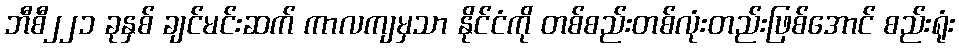
ဘီစီ၂၂၁ ခုနှစ် ချင်မင်းဆက် ကာလကျမှသာ နိုင်ငံကို တစ်စည်းတစ်လုံးတည်းဖြစ်အောင် စည်းရုံး